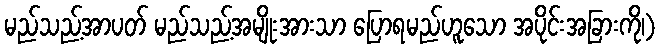
မည်သည့်အာပတ် မည်သည့်အမျိုးအားသာ ပြောရမည်ဟူသော အပိုင်းအခြားကို၊)